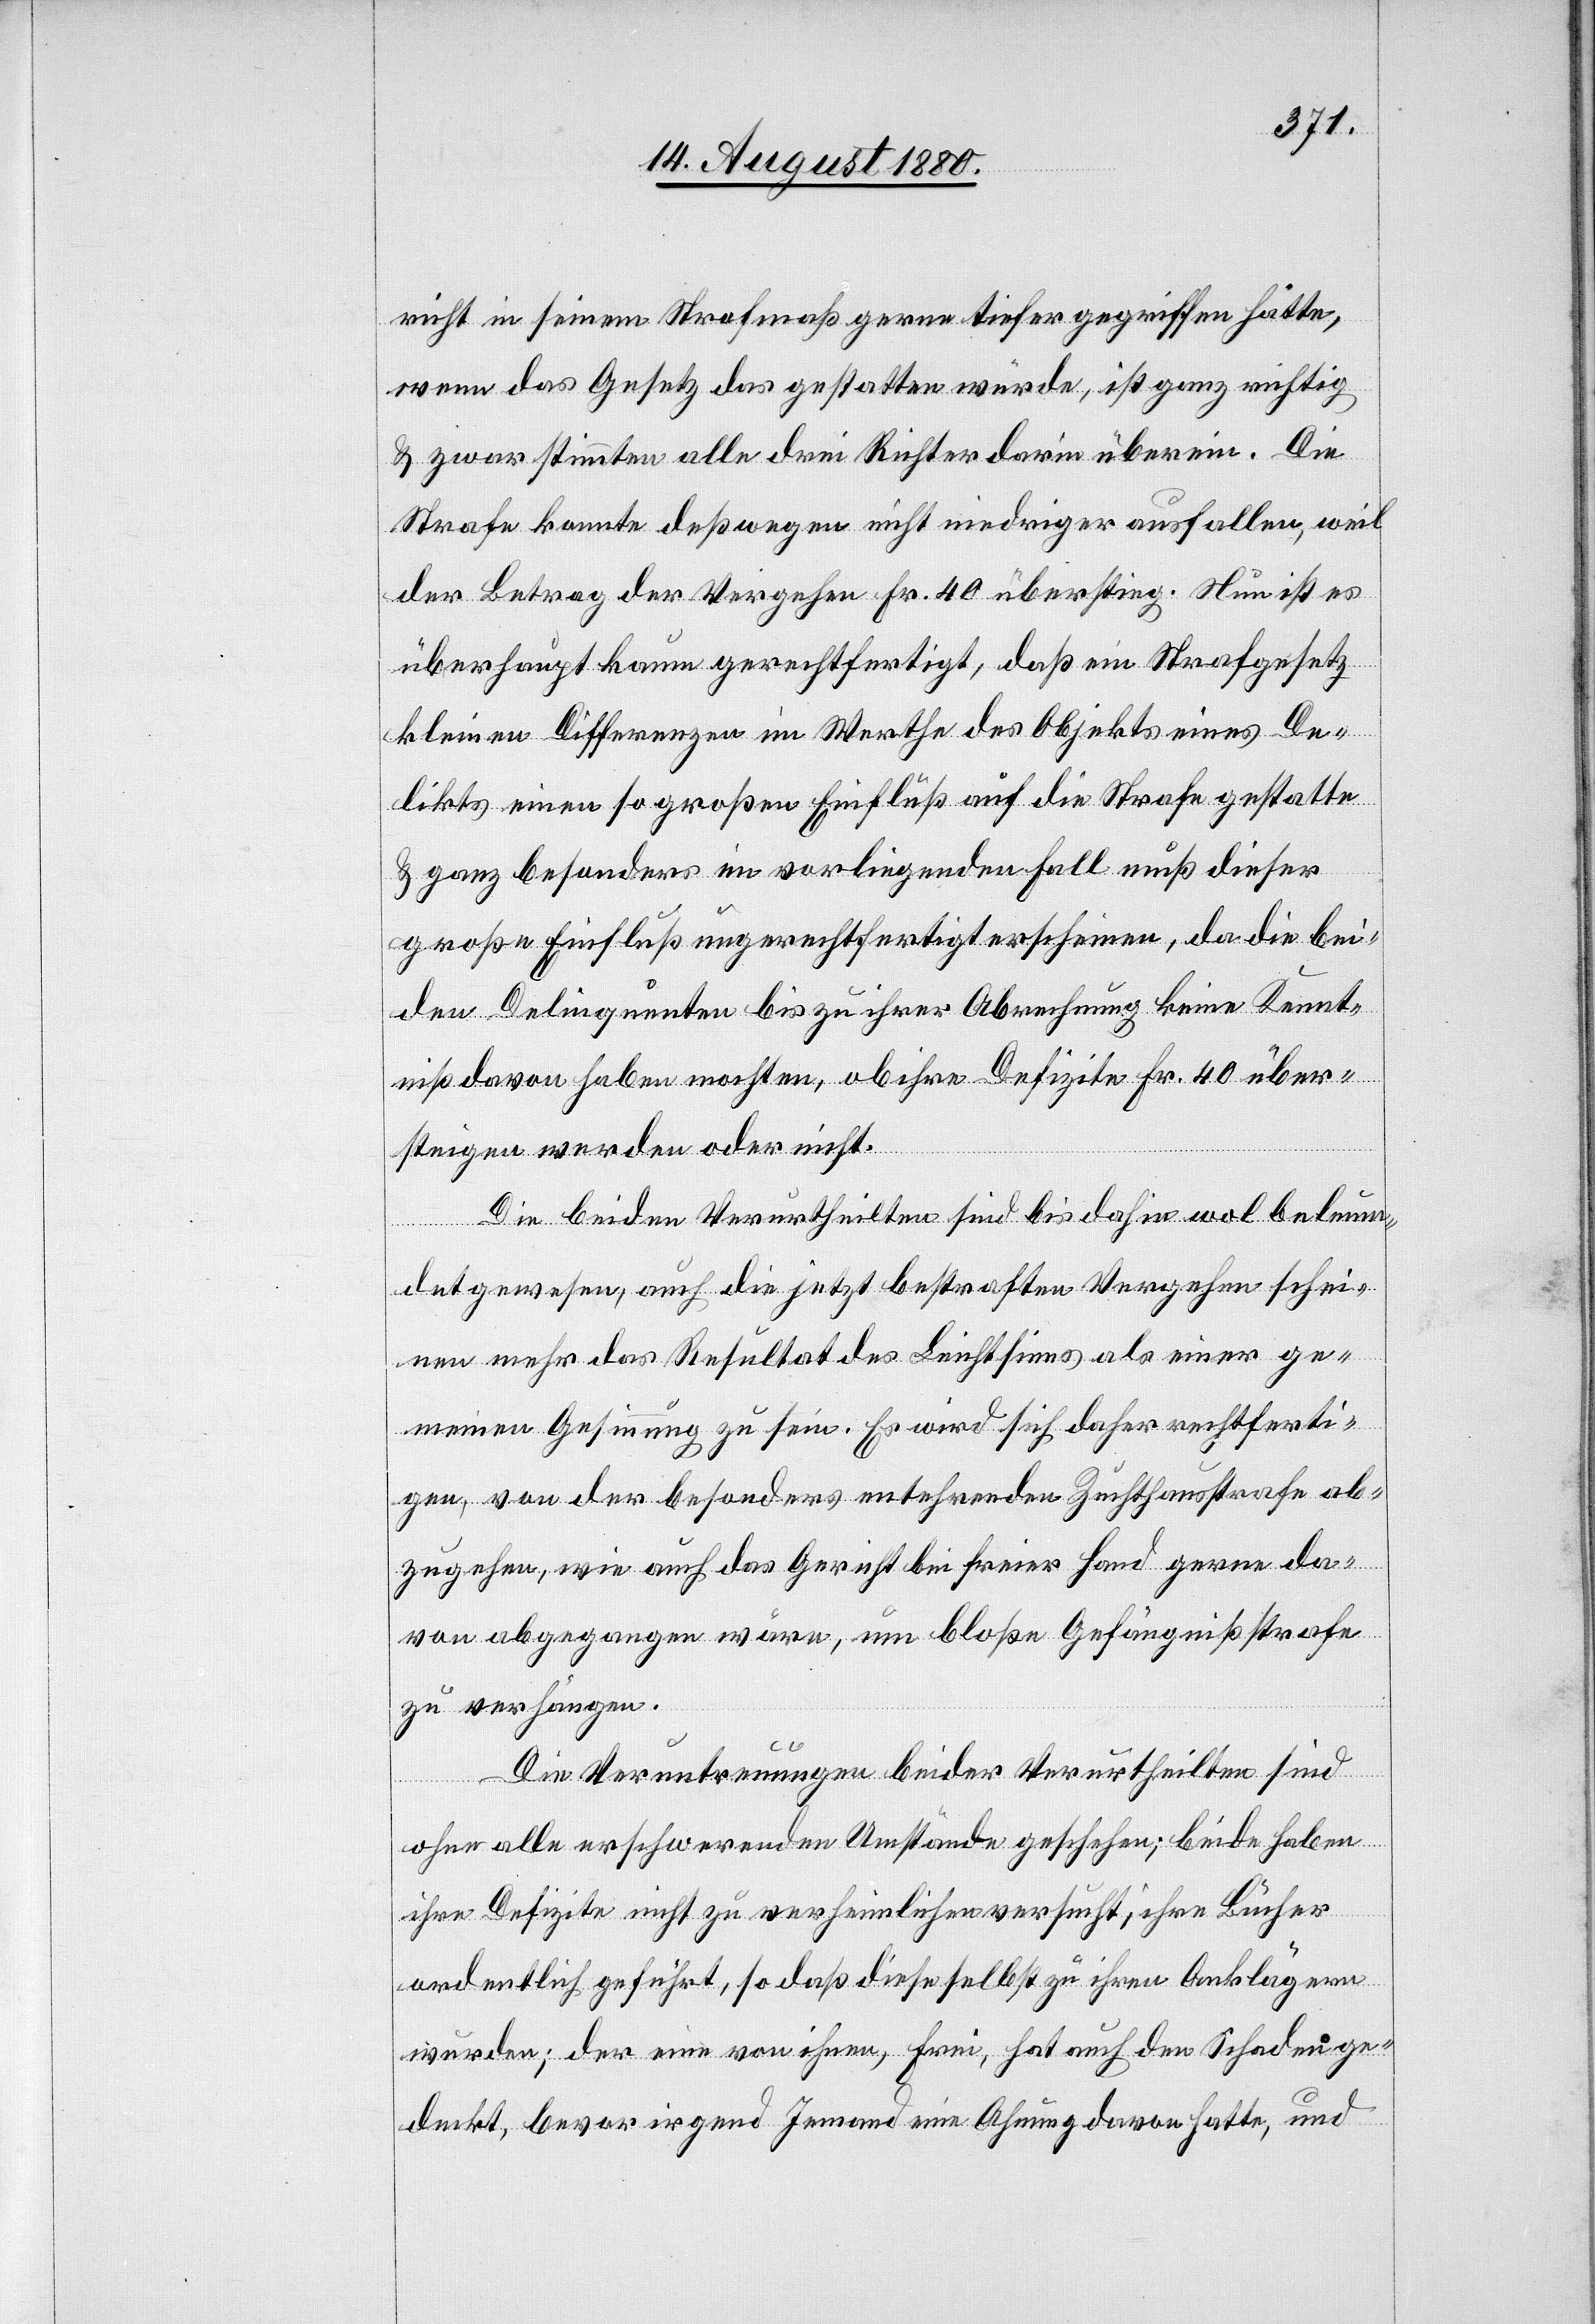
richt in seinem Strafmaß gerne tiefer gegriffen hätte,
wenn das Gesetz das gestatten würde, ist ganz richtig
& zwar stimmten alle drei Richter darin überein. Die
Strafe konnte deßwegen nicht niedriger ausfallen, weil
der Betrag der Vergehen Fr. 40 überstieg. Nun ist es
überhaupt kaum gerechtfertigt, daß ein Strafgesetz
kleinen Differenzen im Werthe des Objektes eines De¬
likts einen so großen Einfluß auf die Strafe gestatte
& ganz besonders im vorliegenden Fall muß dieser
große Einfluß ungerechtfertigt erscheinen, da die bei¬
den Delinquenten bis zu ihrer Abrechnung keine Kennt¬
niß davon haben mochten, ob ihre Defizite Fr. 40 über¬
steigen werden oder nicht.
Die beiden Verurtheilten sind bis dahin wol beleum¬
det gewesen, auch die jetzt bestraften Vergehen schei¬
nen mehr das Resultat des Leichtsinns als einer ge¬
meinen Gesinnung zu sein. es wird sich daher rechtferti¬
gen, von der besonders entehrenden Zuchthaustrafe ab¬
zugehen, wie auch das Gericht bei freier Hand gerne da¬
von abgegangen wäre, um bloße Gefängißstrafe
zu verlangen.
Die Veruntreuungen beider Verurtheilten sind
ohne alle erschwerenden Umstände geschehen; beide haben
ihre Defizite nicht zu verheimlichen versucht, ihre Bücher
ordentlich geführt, so daß diese selbst, zu ihren Anklägern
wurden; der eine von ihnen, Frei, hat auch den Schaden ge¬
deckt, bevor irgend Jemand eine Ahnung davon hatte, und